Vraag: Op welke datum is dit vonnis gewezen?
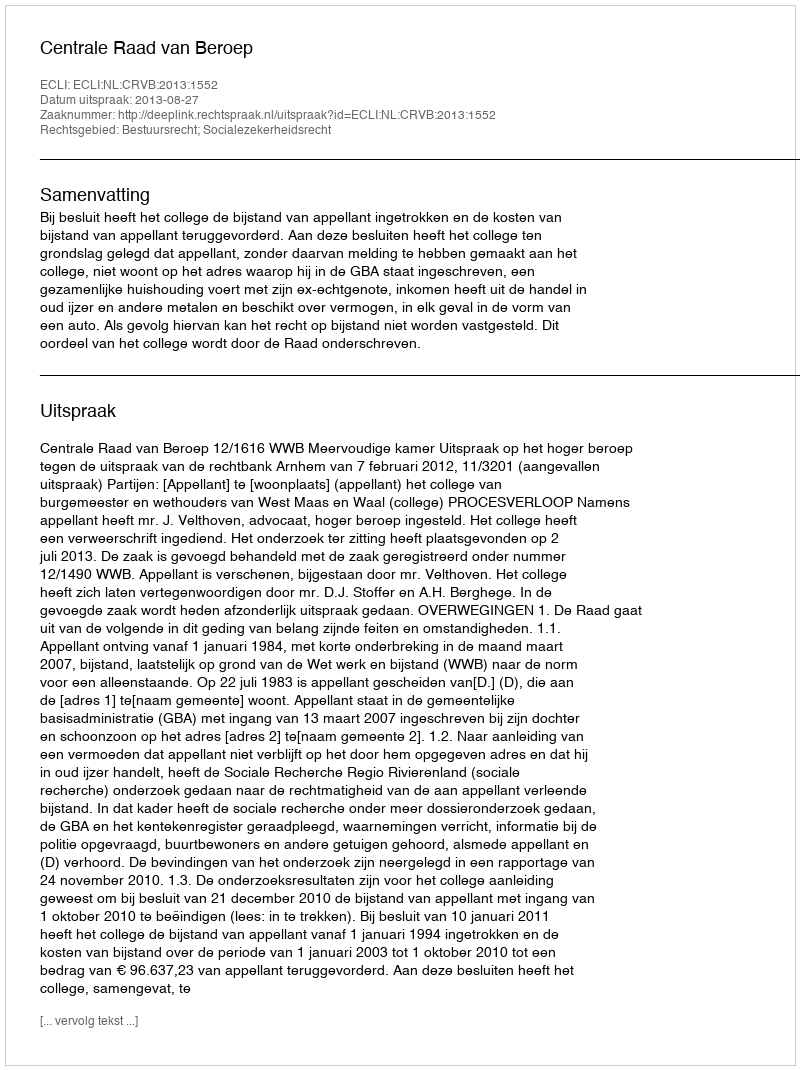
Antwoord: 2013-08-27